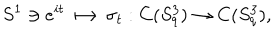
S ^ { 1 } \ni e ^ { i t } \longmapsto \sigma _ { t } : C ( S _ { q } ^ { 3 } ) \rightarrow C ( S _ { q } ^ { 3 } ) ,